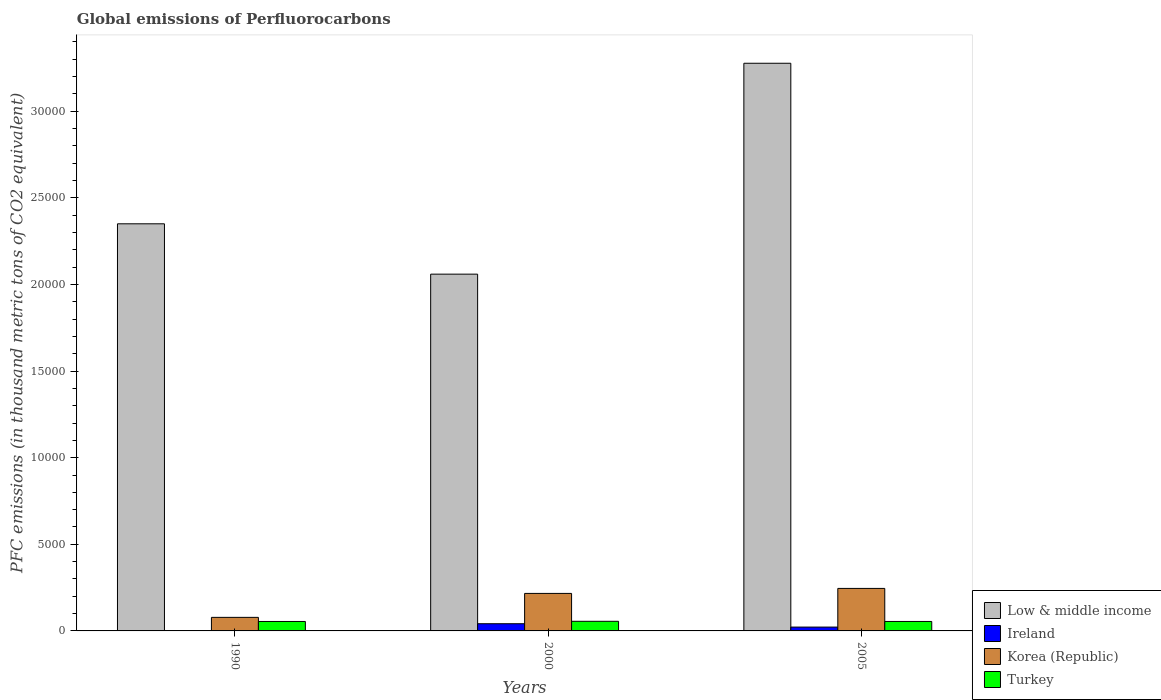
| Years | Low & middle income | Ireland | Korea (Republic) | Turkey |
 | --- | --- | --- | --- | --- |
 | 1990 | 2.35e+04 | 1.4 | 783 | 546 |
 | 2000 | 2.06e+04 | 416 | 2.16e+03 | 555 |
 | 2005 | 3.28e+04 | 222 | 2.45e+03 | 546 |